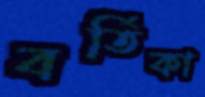
বর্তিকা